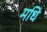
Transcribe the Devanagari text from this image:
मधि